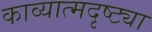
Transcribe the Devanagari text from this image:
काव्यात्मदृष्ट्या